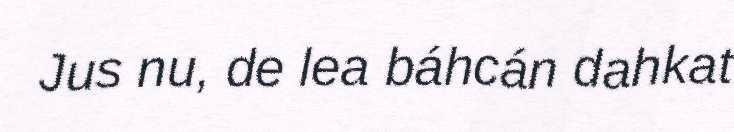
Jus nu, de lea báhcán dahkat